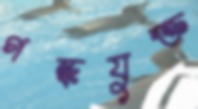
গন্ধযুক্ত